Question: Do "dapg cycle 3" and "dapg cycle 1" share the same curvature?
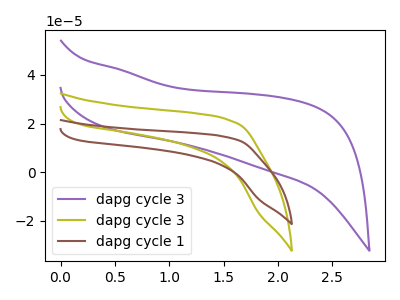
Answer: <think>The purple curve "dapg cycle 3" has no peaks. The olive curve "dapg cycle 3" has no peaks. The brown curve "dapg cycle 1" has no peaks.
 Neither "dapg cycle 3" or "dapg cycle 1" have any peaks.</think>
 <answer>"dapg cycle 3" and "dapg cycle 1" are similar in shape.</answer>
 <eval>same_shape</eval>